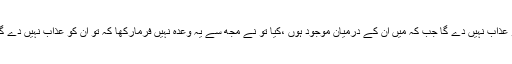
کیا تو نے مجھ سے وعدہ نہیں فرمارکھا کہ تو ان کو عذاب نہیں دے گا جب کہ میں ان کے درمیان موجود ہوں ،کیا تو نے مجھ سے یہ وعدہ نہیں فرمارکھا کہ تو ان کو عذاب نہیں دے گا جب کہ وہ اپنے گناہوں کی معافی مانگ رہے ہوں۔